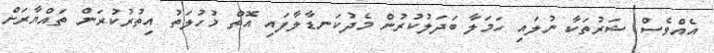
އެއްވެސް ޝަރުތަކާ ނުލައި ހަމަލާ ބަދަލުކުރުން މެދުކަނޑާލާފައި އޮތް މުހުލަތު އިތުރުކުރަން ތައްޔާރަށް